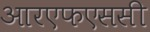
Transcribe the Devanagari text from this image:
आरएफएससी